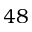
4 8